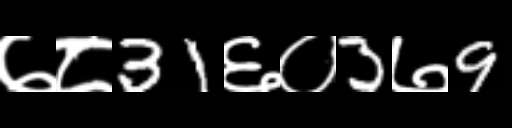
Text: ७८31६०3७9